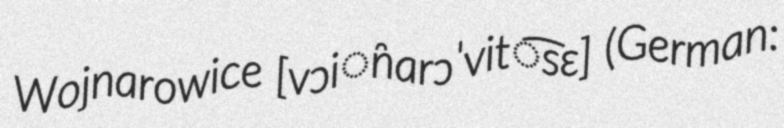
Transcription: Wojnarowice [vɔi̯narɔˈvit͡sɛ] (German: